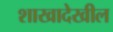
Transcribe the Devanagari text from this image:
शाखादेखील